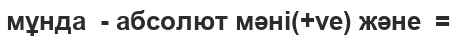
мұнда  - абсолют мәні(+ve) және  =